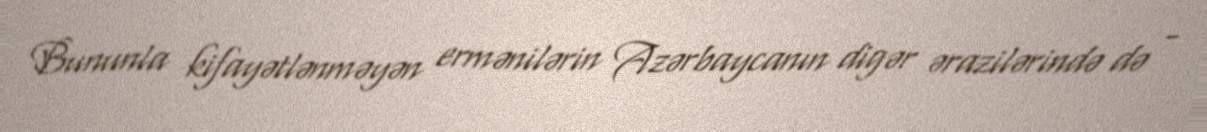
Bununla kifayətlənməyən ermənilərin Azərbaycanın digər ərazilərində də -